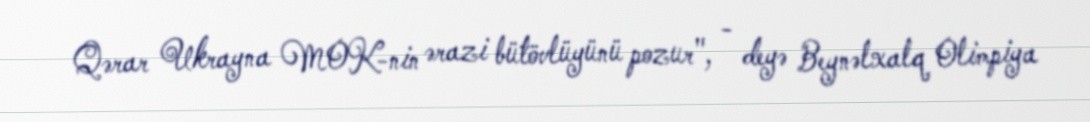
Qərar Ukrayna MOK-nin ərazi bütövlüyünü pozur", - deyə Beynəlxalq Olimpiya